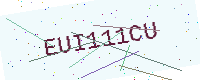
Text: EUI111CU